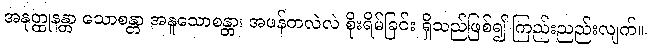
အနုတ္ထုနန္တာ သောစန္တာ အနူသောစန္တာ၊ အဖန်တလဲလဲ စိုးရိမ်ခြင်း ရှိသည်ဖြစ်၍ ကြည်းညည်းလျက်။